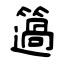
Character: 簻